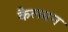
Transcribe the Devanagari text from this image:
कैलघन